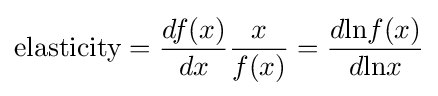
{\text{elasticity}}={\frac {df(x)}{dx}}{\frac {x}{f(x)}}={\frac {d{\text{ln}}f(x)}{d{\text{ln}}x}}